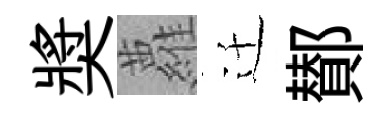
奬蘿迁鄼